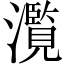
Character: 𤂺